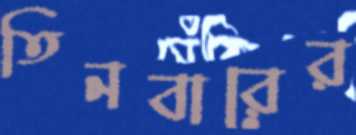
তিনবারের